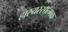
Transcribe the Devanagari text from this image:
हास्यरसात्मक